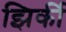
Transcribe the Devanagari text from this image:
झिर्की